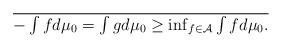
LaTeX: \begin{align*}\over-\int fd\mu_0=\int gd\mu_0\geq\inf_{f\in\mathcal{A}}\int fd\mu_0.\end{align*}